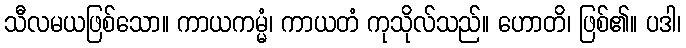
သီလမယဖြစ်သော။ ကာယကမ္မံ၊ ကာယတံ ကုသိုလ်သည်။ ဟောတိ၊ ဖြစ်၏။ ပဒါ၊